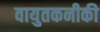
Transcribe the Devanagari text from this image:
वायुतकनीकी